Civil Veterinary Department Bihar & Orissa reports 1922-29 - 1922-1929
Year: 1922
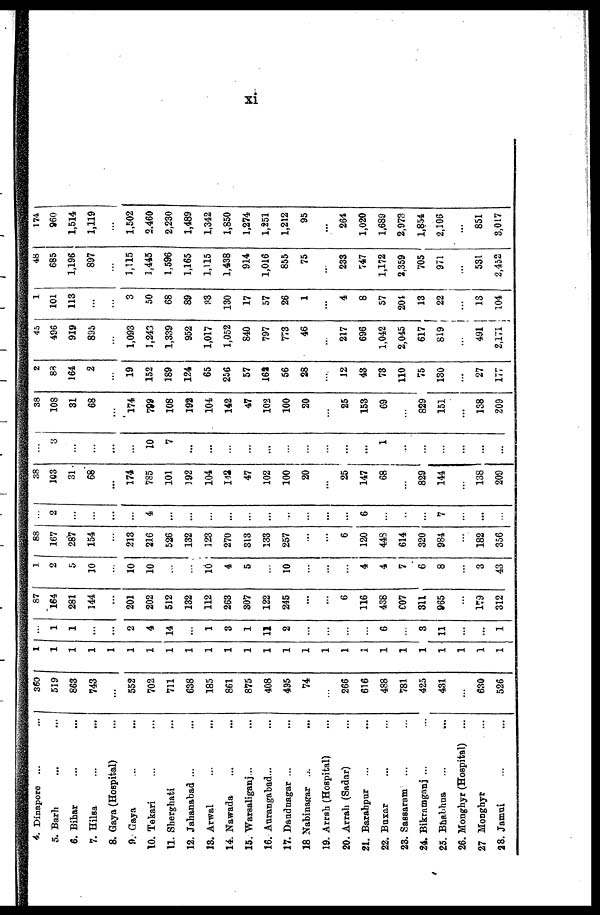
4. Dinapore
5. Barh
6. Bihar
7. Hilsa
8. Gays (Hospital)
9. Gaya
10. Tekari
11. Sherghati
12. Jahanabad ...
18. Arwal
14. Nawada
15. Warsaliganj...
16. Aurangabad...
17. Dandnagar ...
18 Nabinagar ...
19. Arrsh (Hospital)
20. Arrah (Sadar)
21. Barahpur ...
22. Buxar
23. Sassaram ...
24. Bikramganj ...
25. Bhabhua
26. Monghyr (Hospital)
27 Monghyr
28. Jamui
360
519
863
743
...
552
702
711
638
185
861
875
408
495
74
...
266
616
488
781
425
431
...
630
526
1
1
1
1
1
1
1
1
1
1
1
1
1
1
1
1
1
1
1
1
1
1
1
1
1
...
1
1
...
...
2
4
14
...
1
3
1
11
2
...
...
...
...
6
...
3
11
...
...
1
87
164
281
144
...
201
202
512
132
112
263
307
122
245
...
...
6
116
438
807
311
965
...
159
312
1
2
5
10
...
10
10
...
...
10
4
5
...
10
...
...
...
4
4
7
6
8
...
3
43
88
167
287
154
...
213
216
526
132
123
270
313
133
257
...
...
6
120
448
614
320
984
...
182
356
...
2
...
...
...
...
4
...
...
...
...
...
...
...
...
...
...
6
...
...
...
7
...
...
...
38
103
31
68
...
174
785
101
192
104
142
47
102
100
20
...
25,
147
68
...
829
144
...
138
209
...
3
...
...
...
...
10
7
...
...
...
...
...
...
...
...
...
...
1
...
...
...
...
...
...
38
108
31
68
...
174
799
108
192
104
142
47
102
100
20
...
25
153
69
...
829
151
...
138
209
2
83
164
2
...
19
152
189
124
65
256
57
161
56
28
...
12
43
73
110
75
130
...
27
177
45
496
919
895
...
1,093
1,243
1,339
952
1,017
1,052
840
797
773
46
...
217
696
1,042
2,045
617
819
...
491
2.171
1
101
113
...
...
3
50
68
89
33
130
17
57
26
1
...
4
8
57
204
13
22
...
13
104
48
685
1,196
897
...
1,115
1,445
1,596
1,165
1,115
1,438
914
1,016
855
75
...
233
747
1,172
2,359
705
971
...
531
2,452
174
960
1,514
1,119
...
1,502
2.460
2,230
1,489
1,342
1,850
1,274
1,251
1,212
95
...
261
1,020
1,689
2,973
1,854
2,106
...
851
3,017